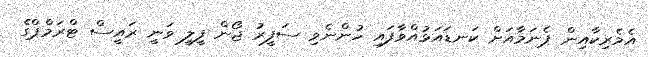
އެމެރިކާއިން ޕެނަމާއަށް ކަނޑައަޅުއްވާފައި ހުންނެވި ސަފީރު ޖޯން ފީލީ ވަނީ ރައީސް ޓްރަމްޕްގެ